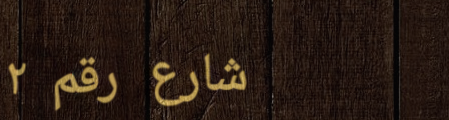
شارع رقم ٢